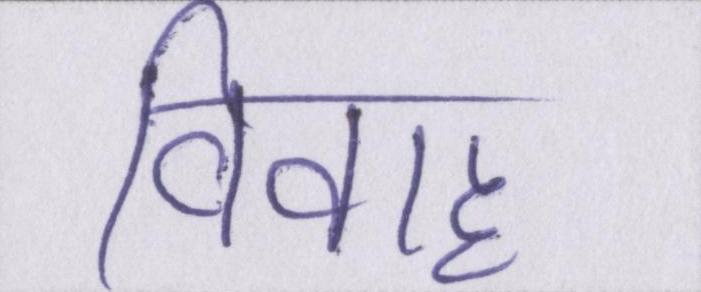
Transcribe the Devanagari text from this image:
विवाह